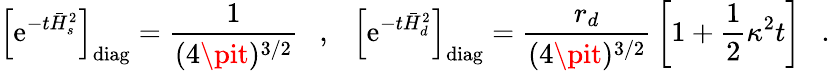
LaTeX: \left[\mathrm{e}^{-t\bar{{H}}_{s}^{2}}\right]_{\mathrm{{diag}}}={\frac{{1}}{{(4\pit)^{3/2}}}}~~~,{}~~~\left[\mathrm{e}^{-t\bar{{H}}_{d}^{2}}\right]_{\mathrm{{diag}}}={\frac{{r_{d}}}{{(4\pit)^{3/2}}}}\left[1+\frac{1}{2}\kappa^{2}t\right]~~~.